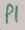
Text: P1